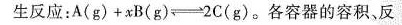
生反应：$$A ( g ) + x B ( g ) \rightleftharpoons 2 C ( g )$$。各容器的容积，反应温度、反